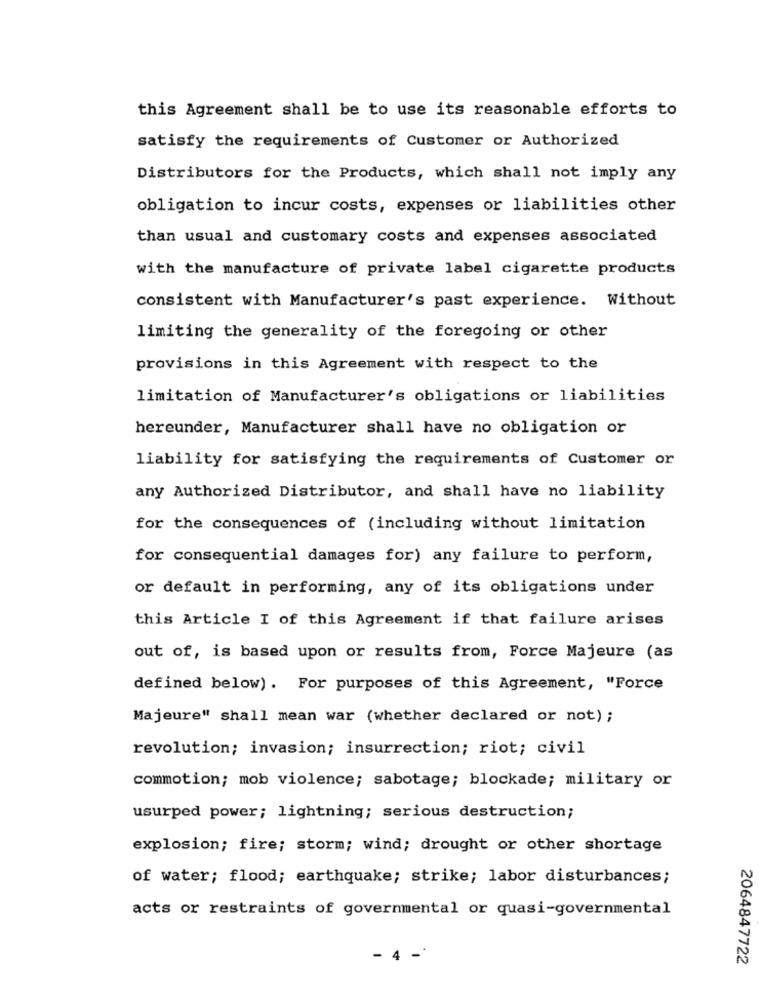
this Agreement shall be to use its reasonable efforts to
satisfy the requirements of Customer or Authorized
Distributors for the Products, which shall not imply any
obligation to incur costs, expenses or liabilities other
than usual and customary costs and expenses associated
with the manufacture of private label cigarette products
consistent with Manufacturer's past experience. Without
limiting the generality of the foregoing or other
provisions in this Agreement with respect to the
limitation of Manufacturer's obligations or liabilities
hereunder, Manufacturer shall have no obligation or
liability for satisfying the requirements of Customer or
any Authorized Distributor, and shall have no liability
for the consequences of (including without limitation
for consequential damages for) any failure to perform,
or default in performing, any of its obligations under
this Article I of this Agreement if that failure arises
out of, is based upon or results from, Force Majeure (as
defined below). For purposes of this Agreement, "Force
Majeure" shall mean war (whether declared or not) ;
revolution; invasion; insurrection; riot; civil
commotion; mob violence; sabotage; blockade; military or
usurped power; lightning; serious destruction;
explosion; fire; storm; wind; drought or other shortage
of water; flood; earthquake; strike; labor disturbances;
acts or restraints of governmental or quasi-governmental
- 4 -
2064847722